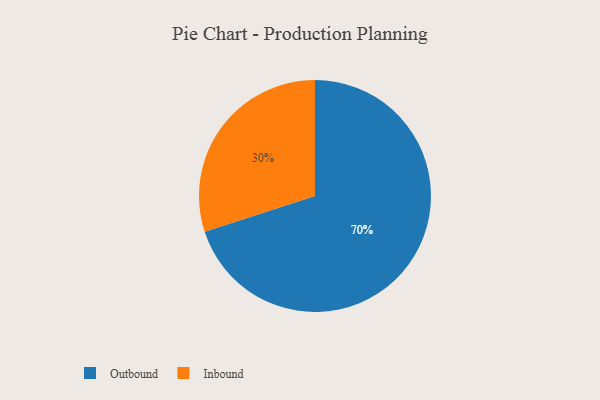
{"axis": {"x": "Category", "y": "Percentage"}, "legend": ["Inbound", "Outbound"], "data": [{"x": "Inbound", "y": 30, "type": "Inbound"}, {"x": "Outbound", "y": 70, "type": "Outbound"}]}